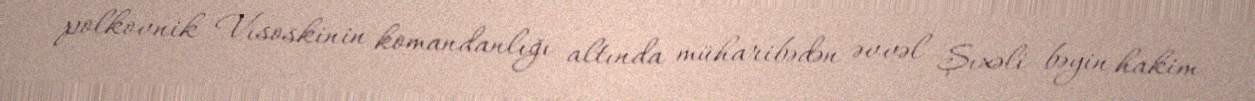
polkovnik Vısoskinin komandanlığı altında müharibədən əvvəl Şıxəli bəyin hakim